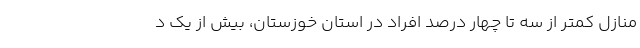
منازل کمتر از سه تا چهار درصد افراد در استان خوزستان، بیش از یک د